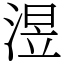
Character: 𣸭